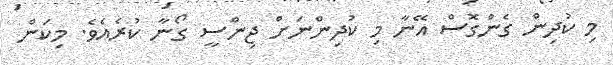
މި ކުދިން ގެންގޮސް އޭނާ މި ކުދިންނަށް ޖިންސީ ގޯނާ ކުރެއެވެ. މިކަން